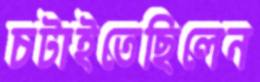
চটাইতেছিলেন